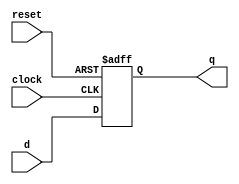
module dff2(clock,reset,d,q);
input clock,reset,d;
output q;
reg q;
always @(posedge clock or negedge reset)
begin
if(!reset)
q<=0;
else
q<=d;
end
endmodule